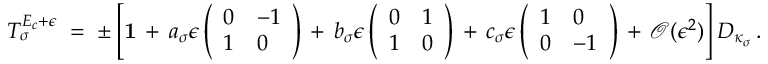
T _ { \sigma } ^ { E _ { c } + \epsilon } \; = \; \pm \left[ \mathbf { 1 } \, + \, a _ { \sigma } \epsilon \left( \begin{array} { l l } { 0 } & { - 1 } \\ { 1 } & { 0 } \end{array} \right) \, + \, b _ { \sigma } \epsilon \left( \begin{array} { l l } { 0 } & { 1 } \\ { 1 } & { 0 } \end{array} \right) \, + \, c _ { \sigma } \epsilon \left( \begin{array} { l l } { 1 } & { 0 } \\ { 0 } & { - 1 } \end{array} \right) \, + \, \mathcal { O } ( \epsilon ^ { 2 } ) \right] D _ { \kappa _ { \sigma } } \, .